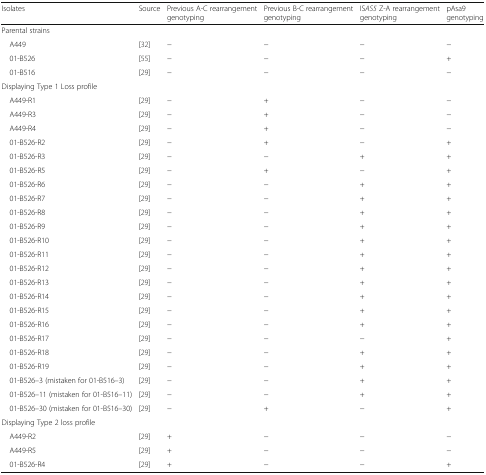
<table><thead><tr><td><b>Isolates</b></td><td><b>Source</b></td><td><b>Previous A-C rearrangement genotyping</b></td><td><b>Previous B-C rearrangement genotyping</b></td><td><b>IS<i>AS5</i> Z-A rearrangement genotyping</b></td><td><b>pAsa9 genotyping</b></td></tr></thead><tbody><tr><td colspan="6">Parental strains</td></tr><tr><td> A449</td><td>[32]</td><td>−</td><td>−</td><td>−</td><td>−</td></tr><tr><td> 01-B526</td><td>[55]</td><td>−</td><td>−</td><td>−</td><td>+</td></tr><tr><td> 01-B516</td><td>[29]</td><td>−</td><td>−</td><td>−</td><td>−</td></tr><tr><td colspan="6">Displaying Type 1 Loss profile</td></tr><tr><td> A449-R1</td><td>[29]</td><td>−</td><td>+</td><td>−</td><td>−</td></tr><tr><td> A449-R3</td><td>[29]</td><td>−</td><td>+</td><td>−</td><td>−</td></tr><tr><td> A449-R4</td><td>[29]</td><td>−</td><td>+</td><td>−</td><td>−</td></tr><tr><td> 01-B526-R2</td><td>[29]</td><td>−</td><td>+</td><td>−</td><td>+</td></tr><tr><td> 01-B526-R3</td><td>[29]</td><td>−</td><td>−</td><td>+</td><td>+</td></tr><tr><td> 01-B526-R5</td><td>[29]</td><td>−</td><td>+</td><td>−</td><td>+</td></tr><tr><td> 01-B526-R6</td><td>[29]</td><td>−</td><td>−</td><td>+</td><td>+</td></tr><tr><td> 01-B526-R7</td><td>[29]</td><td>−</td><td>−</td><td>+</td><td>+</td></tr><tr><td> 01-B526-R8</td><td>[29]</td><td>−</td><td>−</td><td>+</td><td>+</td></tr><tr><td> 01-B526-R9</td><td>[29]</td><td>−</td><td>−</td><td>+</td><td>+</td></tr><tr><td> 01-B526-R10</td><td>[29]</td><td>−</td><td>−</td><td>+</td><td>+</td></tr><tr><td> 01-B526-R11</td><td>[29]</td><td>−</td><td>−</td><td>+</td><td>+</td></tr><tr><td> 01-B526-R12</td><td>[29]</td><td>−</td><td>−</td><td>+</td><td>+</td></tr><tr><td> 01-B526-R13</td><td>[29]</td><td>−</td><td>−</td><td>+</td><td>+</td></tr><tr><td> 01-B526-R14</td><td>[29]</td><td>−</td><td>−</td><td>+</td><td>+</td></tr><tr><td> 01-B526-R15</td><td>[29]</td><td>−</td><td>−</td><td>+</td><td>+</td></tr><tr><td> 01-B526-R16</td><td>[29]</td><td>−</td><td>−</td><td>+</td><td>+</td></tr><tr><td> 01-B526-R17</td><td>[29]</td><td>−</td><td>−</td><td>−</td><td>+</td></tr><tr><td> 01-B526-R18</td><td>[29]</td><td>−</td><td>−</td><td>+</td><td>+</td></tr><tr><td> 01-B526-R19</td><td>[29]</td><td>−</td><td>−</td><td>+</td><td>+</td></tr><tr><td> 01-B526–3 (mistaken for 01-B516–3)</td><td>[29]</td><td>−</td><td>−</td><td>+</td><td>+</td></tr><tr><td> 01-B526–11 (mistaken for 01-B516–11)</td><td>[29]</td><td>−</td><td>−</td><td>+</td><td>+</td></tr><tr><td> 01-B526–30 (mistaken for 01-B516–30)</td><td>[29]</td><td>−</td><td>+</td><td>−</td><td>+</td></tr><tr><td colspan="6">Displaying Type 2 loss profile</td></tr><tr><td> A449-R2</td><td>[29]</td><td>+</td><td>−</td><td>−</td><td>−</td></tr><tr><td> A449-R5</td><td>[29]</td><td>+</td><td>−</td><td>−</td><td>−</td></tr><tr><td> 01-B526-R4</td><td>[29]</td><td>+</td><td>−</td><td>−</td><td>+</td></tr></tbody></table>